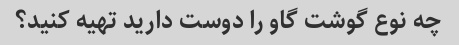
چه نوع گوشت گاو را دوست دارید تهیه کنید؟